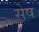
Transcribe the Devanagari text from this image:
सेष